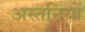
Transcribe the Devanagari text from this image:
अस्तनियों